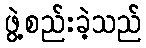
ဖွဲ့စည်းခဲ့သည်